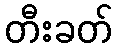
တီးခတ်